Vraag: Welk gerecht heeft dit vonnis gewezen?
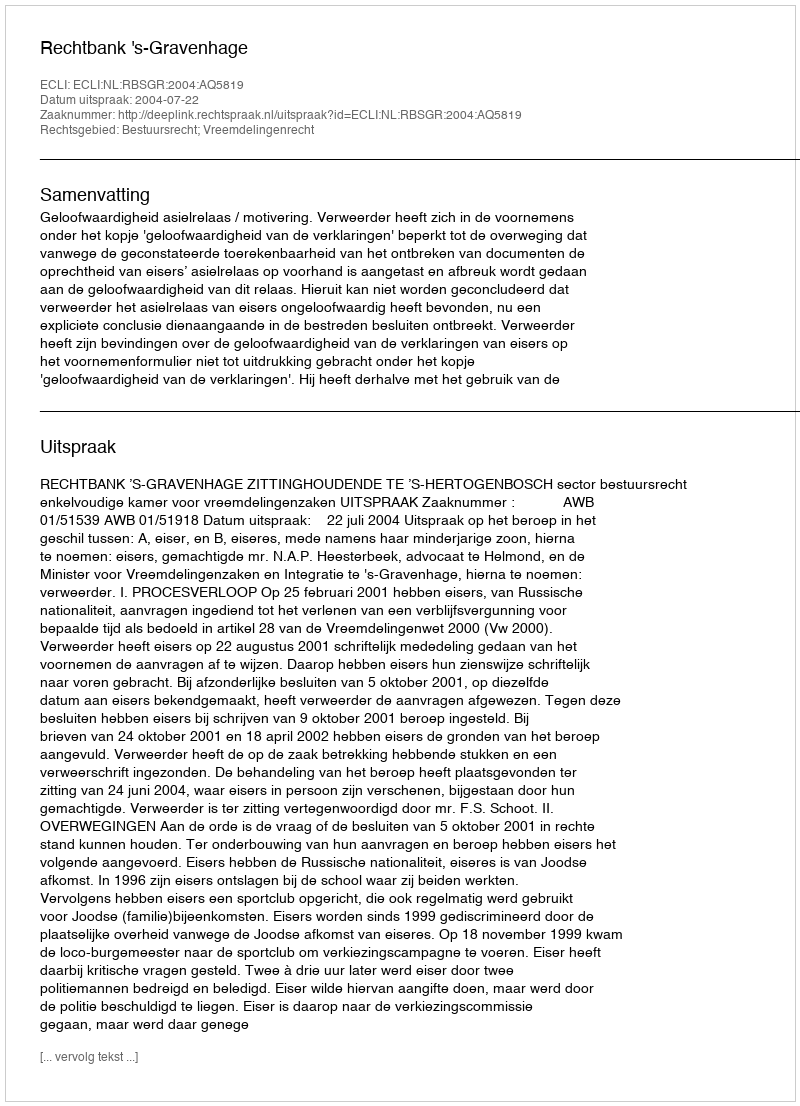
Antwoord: Rechtbank 's-Gravenhage